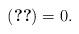
LaTeX: \begin{align*} (\ref{eq:term-I})=0.\end{align*}